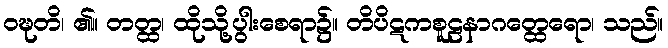
ဝဍ္ဎတိ၊ ၏။ တတ္ထ၊ ထိုသို့ပွါးစေရာ၌။ တိပိဋကစူဠနာဂတ္ထေရော၊ သည်။